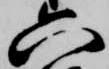
六